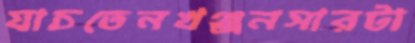
যাচতেনখঞ্জনসারটা